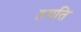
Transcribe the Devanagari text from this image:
हसति